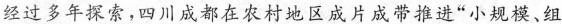
经过多年探索，四川成都在农村地区成片成带推进”小规模、组